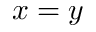
x = y